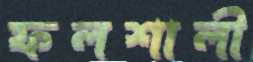
ফলশালী